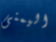
اليمنى